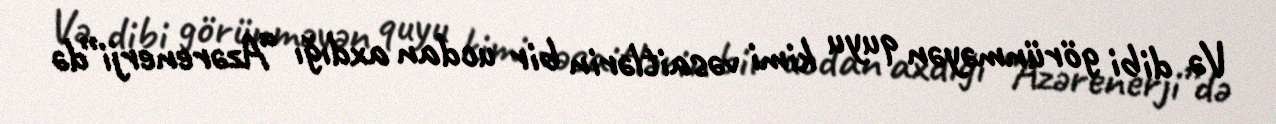
Və dibi görünməyən quyu kimi vəsaitlərin bir ucdan axdığı “Azərenerji”də